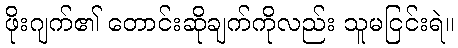
ဖိုးဂျက်၏ တောင်းဆိုချက်ကိုလည်း သူမငြင်းရဲ။